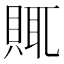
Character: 𧶋